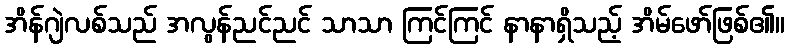
အိန်ဂျဲလစ်သည် အလွန်ညင်ညင် သာသာ ကြင်ကြင် နာနာရှိသည့် အိမ်ဖော်ဖြစ်၏။